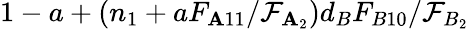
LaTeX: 1-a+(n_{1}+aF_{\mathbf{A}11}/\mathcal{{F}}_{\mathbf{A}_{2}})d_{B}F_{B10}/\mathcal{{F}}_{B_{2}}